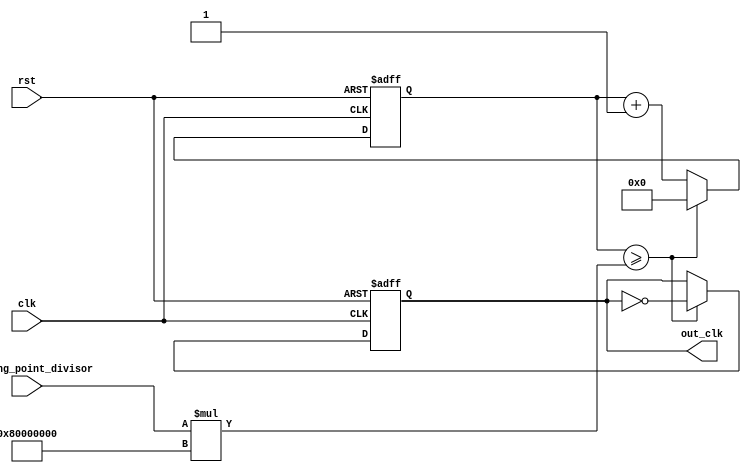
module floating_point_clock_divider (
   input clk,
   input rst,
   input floating_point_divisor,
   output reg out_clk
);

reg [31:0] count = 0;

always @(posedge clk or posedge rst) begin
   if (rst) begin
      out_clk <= 0;
      count <= 0;
   end else begin
      count <= count + 1;
      if (count >= floating_point_divisor * 32'h80000000) begin
         out_clk <= ~out_clk;
         count <= 0;
      end
   end
end

endmodule